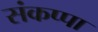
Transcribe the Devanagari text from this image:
संकप्पा